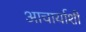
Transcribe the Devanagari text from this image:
आचार्याशी